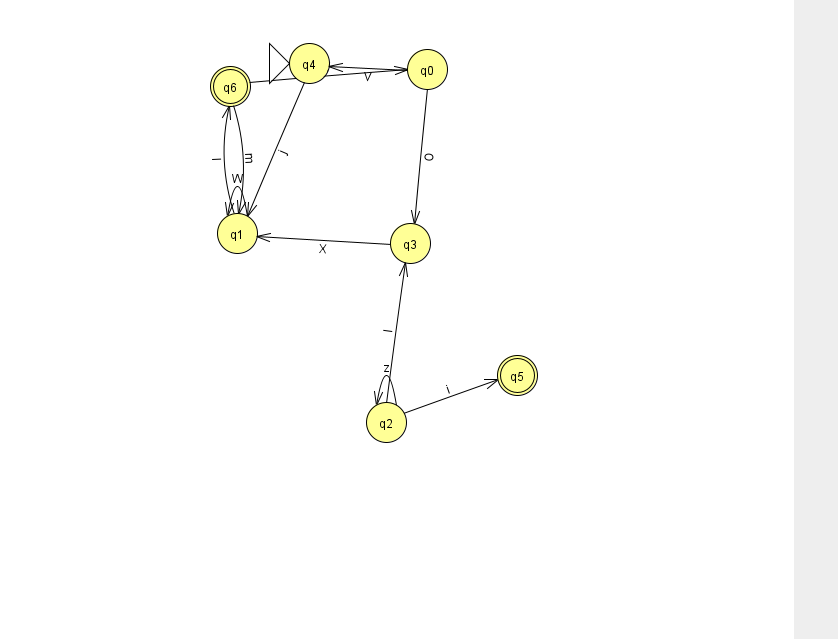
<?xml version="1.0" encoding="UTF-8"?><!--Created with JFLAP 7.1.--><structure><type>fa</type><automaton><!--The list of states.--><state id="0" name="q0"><x>427.0</x><y>56.0</y></state><state id="1" name="q1"><x>237.0</x><y>220.0</y></state><state id="2" name="q2"><x>386.0</x><y>409.0</y></state><state id="3" name="q3"><x>410.0</x><y>230.0</y></state><state id="4" name="q4"><x>309.0</x><y>50.0</y><initial/></state><state id="5" name="q5"><x>517.0</x><y>362.0</y><final/></state><state id="6" name="q6"><x>230.0</x><y>73.0</y><final/></state><!--The list of transitions.--><transition><from>1</from><to>6</to><read>I</read></transition><transition><from>2</from><to>5</to><read>i</read></transition><transition><from>6</from><to>0</to><read>Y</read></transition><transition><from>0</from><to>4</to><read>V</read></transition><transition><from>6</from><to>1</to><read>m</read></transition><transition><from>2</from><to>3</to><read>l</read></transition><transition><from>1</from><to>1</to><read>W</read></transition><transition><from>4</from><to>1</to><read>j</read></transition><transition><from>3</from><to>1</to><read>X</read></transition><transition><from>2</from><to>2</to><read>z</read></transition><transition><from>0</from><to>3</to><read>O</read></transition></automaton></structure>